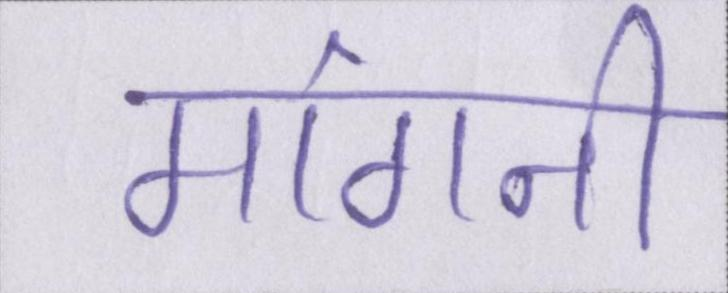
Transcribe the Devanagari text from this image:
मांगनी